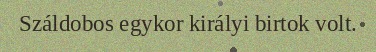
Száldobos egykor királyi birtok volt.